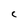
Character: C